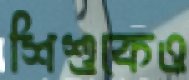
শিশুকেও